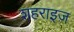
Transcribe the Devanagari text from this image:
शहराइज़